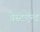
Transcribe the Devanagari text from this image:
वेस्टएन्ड